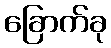
ခြောက်ခု